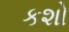
કશો